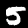
Label: 5